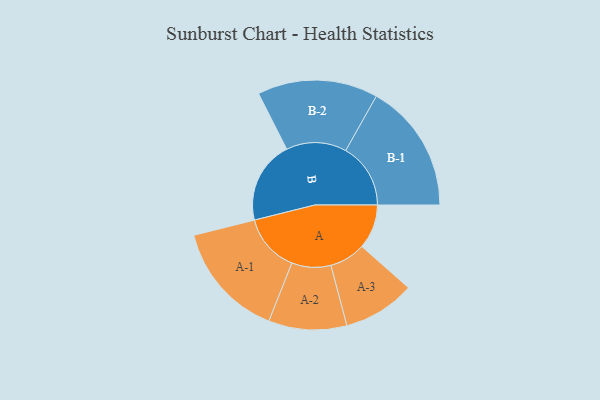
{"axis": {"x": "Segment", "y": "Value"}, "legend": ["", "A", "B"], "data": [{"x": "A", "y": 191, "type": ""}, {"x": "B", "y": 355, "type": ""}, {"x": "A-1", "y": 250, "type": "A"}, {"x": "A-2", "y": 168, "type": "A"}, {"x": "A-3", "y": 155, "type": "A"}, {"x": "B-1", "y": 279, "type": "B"}, {"x": "B-2", "y": 259, "type": "B"}]}